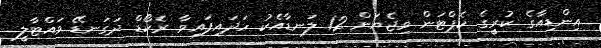
އިންޑިއާގެ ކުރީގެ ކެޕްޓަން ވިޖެޔަން 12 ލަނޑާއެކު ހަދައިފައިވާ ރެކޯޑް ދަގަނޑޭ ވައްޓާލީ